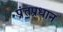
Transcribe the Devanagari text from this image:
प्रंतप्रधान